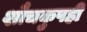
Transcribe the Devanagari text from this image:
शौचकुपही